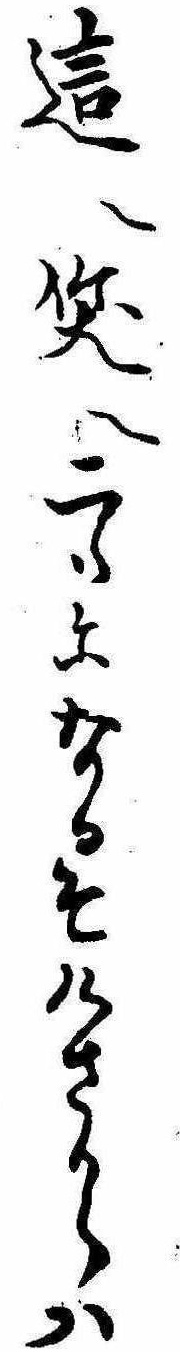
這へ笑へ二つになるそけさからは